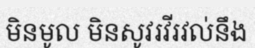
មិនមូល មិនសូវរវីរវល់នឹង